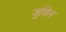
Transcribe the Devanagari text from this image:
जुबिल